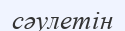
сәулетін